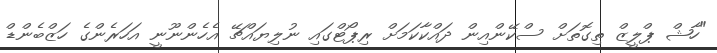
"ހާޝް ޕްލީޒް ތިގޮތަށް ސްކޭންއިން ދައްކާކަމަށް ރިޕޯޓްގައި ނުލިޔައްޗޭ އެހެންނޫނީ އަހަރެންގެ ހަޒްބެންޑް